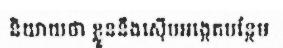
និយាយថា ខ្លួននឹងស៊ើបអង្កេតបន្ថែម